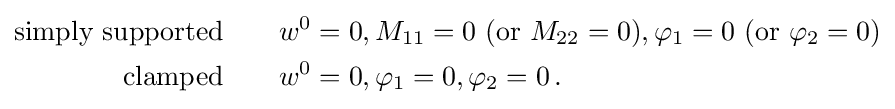
{\begin{aligned}{\text{simply supported}}\quad &\quad w^{0}=0,M_{11}=0~({\text{or}}~M_{22}=0),\varphi _{1}=0~({\text{or}}~\varphi _{2}=0)\\{\text{clamped}}\quad &\quad w^{0}=0,\varphi _{1}=0,\varphi _{2}=0\,.\end{aligned}}